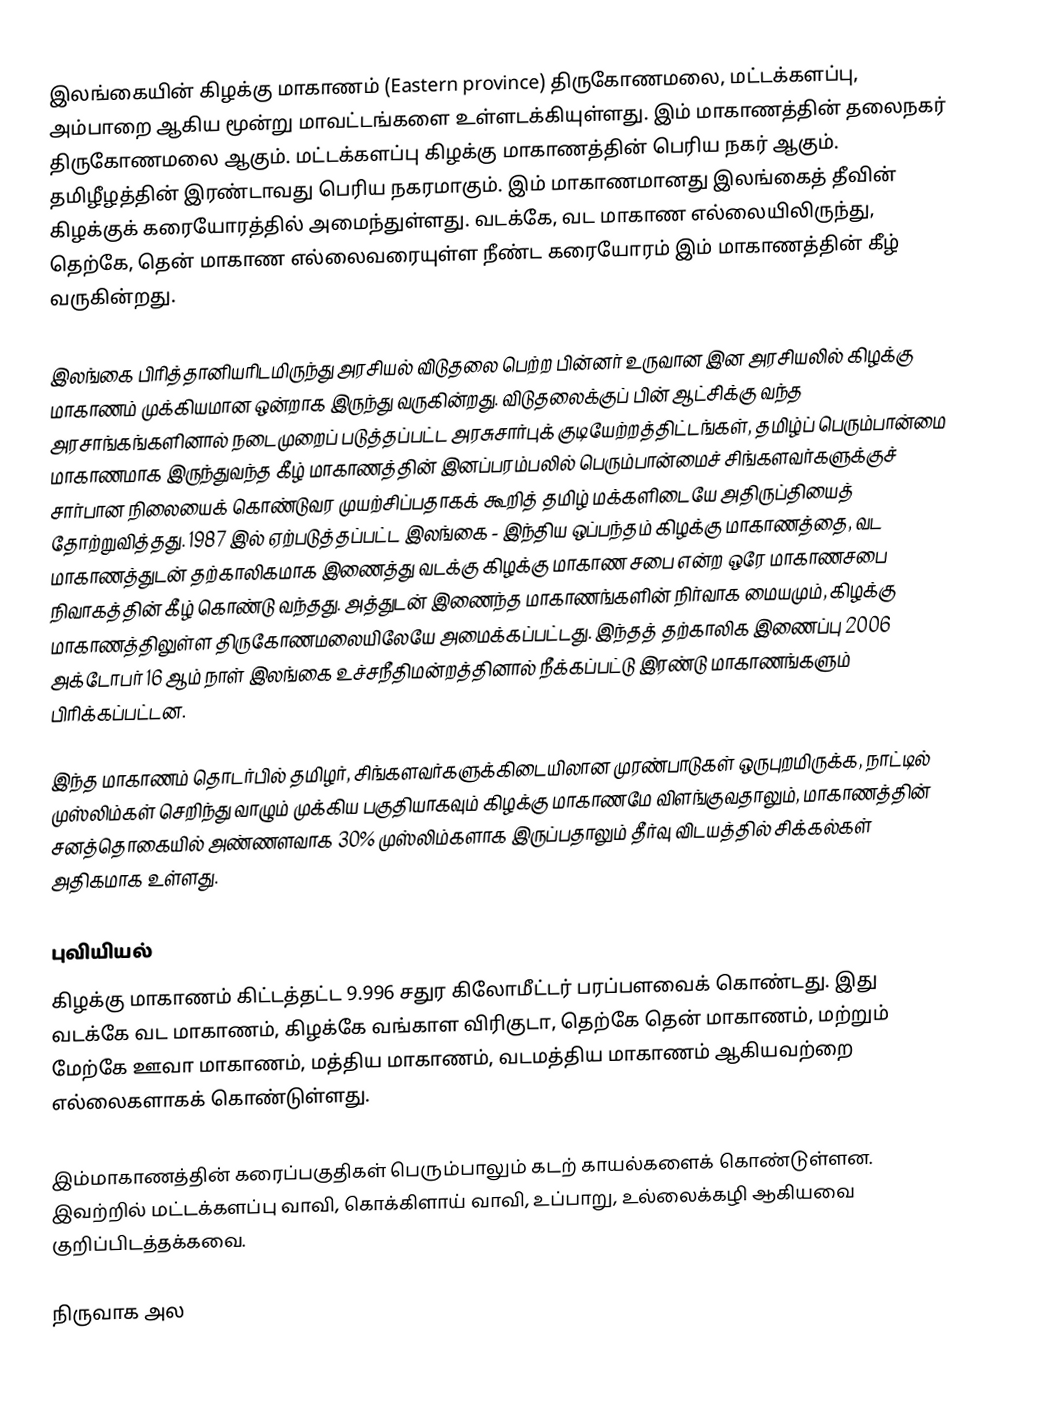
இலங்கையின் கிழக்கு மாகாணம் (Eastern province) திருகோணமலை, மட்டக்களப்பு, அம்பாறை ஆகிய மூன்று மாவட்டங்களை உள்ளடக்கியுள்ளது. இம் மாகாணத்தின் தலைநகர் திருகோணமலை ஆகும். மட்டக்களப்பு கிழக்கு மாகாணத்தின் பெரிய நகர் ஆகும். தமிழீழத்தின் இரண்டாவது பெரிய நகரமாகும். இம் மாகாணமானது இலங்கைத் தீவின் கிழக்குக் கரையோரத்தில் அமைந்துள்ளது. வடக்கே, வட மாகாண எல்லையிலிருந்து, தெற்கே, தென் மாகாண எல்லைவரையுள்ள நீண்ட கரையோரம் இம் மாகாணத்தின் கீழ் வருகின்றது.

இலங்கை பிரித்தானியரிடமிருந்து அரசியல் விடுதலை பெற்ற பின்னர் உருவான இன அரசியலில் கிழக்கு மாகாணம் முக்கியமான ஒன்றாக இருந்து வருகின்றது. விடுதலைக்குப் பின் ஆட்சிக்கு வந்த அரசாங்கங்களினால் நடைமுறைப் படுத்தப்பட்ட அரசுசார்புக் குடியேற்றத்திட்டங்கள், தமிழ்ப் பெரும்பான்மை மாகாணமாக இருந்துவந்த கீழ் மாகாணத்தின் இனப்பரம்பலில் பெரும்பான்மைச் சிங்களவர்களுக்குச் சார்பான நிலையைக் கொண்டுவர முயற்சிப்பதாகக் கூறித் தமிழ் மக்களிடையே அதிருப்தியைத் தோற்றுவித்தது. 1987 இல் ஏற்படுத்தப்பட்ட இலங்கை - இந்திய ஒப்பந்தம் கிழக்கு மாகாணத்தை, வட மாகாணத்துடன் தற்காலிகமாக இணைத்து வடக்கு கிழக்கு மாகாண சபை என்ற ஒரே மாகாணசபை நிவாகத்தின் கீழ் கொண்டு வந்தது. அத்துடன் இணைந்த மாகாணங்களின் நிர்வாக மையமும், கிழக்கு மாகாணத்திலுள்ள திருகோணமலையிலேயே அமைக்கப்பட்டது. இந்தத் தற்காலிக இணைப்பு 2006 அக்டோபர் 16 ஆம் நாள் இலங்கை உச்சநீதிமன்றத்தினால் நீக்கப்பட்டு இரண்டு மாகாணங்களும் பிரிக்கப்பட்டன.

இந்த மாகாணம் தொடர்பில் தமிழர், சிங்களவர்களுக்கிடையிலான முரண்பாடுகள் ஒருபுறமிருக்க, நாட்டில் முஸ்லிம்கள் செறிந்து வாழும் முக்கிய பகுதியாகவும் கிழக்கு மாகாணமே விளங்குவதாலும், மாகாணத்தின் சனத்தொகையில் அண்ணளவாக 30% முஸ்லிம்களாக இருப்பதாலும் தீர்வு விடயத்தில் சிக்கல்கள் அதிகமாக உள்ளது.

புவியியல்
கிழக்கு மாகாணம் கிட்டத்தட்ட 9.996 சதுர கிலோமீட்டர் பரப்பளவைக் கொண்டது. இது வடக்கே வட மாகாணம், கிழக்கே வங்காள விரிகுடா, தெற்கே தென் மாகாணம், மற்றும் மேற்கே ஊவா மாகாணம், மத்திய மாகாணம், வடமத்திய மாகாணம் ஆகியவற்றை எல்லைகளாகக் கொண்டுள்ளது.

இம்மாகாணத்தின் கரைப்பகுதிகள் பெரும்பாலும் கடற் காயல்களைக் கொண்டுள்ளன. இவற்றில் மட்டக்களப்பு வாவி, கொக்கிளாய் வாவி, உப்பாறு, உல்லைக்கழி ஆகியவை குறிப்பிடத்தக்கவை.

நிருவாக அல